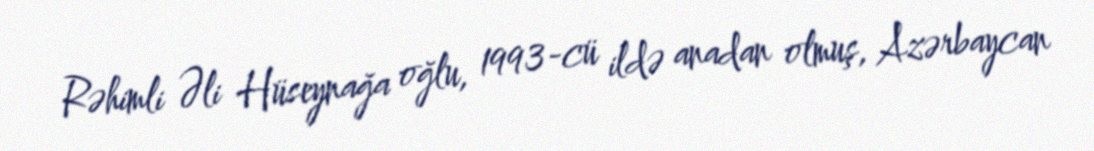
Rəhimli Əli Hüseynağa oğlu, 1993-cü ildə anadan olmuş, Azərbaycan